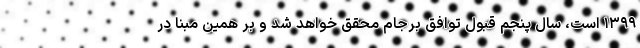
۱۳۹۹ است، سال پنجم قبول توافق برجام محقق خواهد شد و بر همین مبنا در